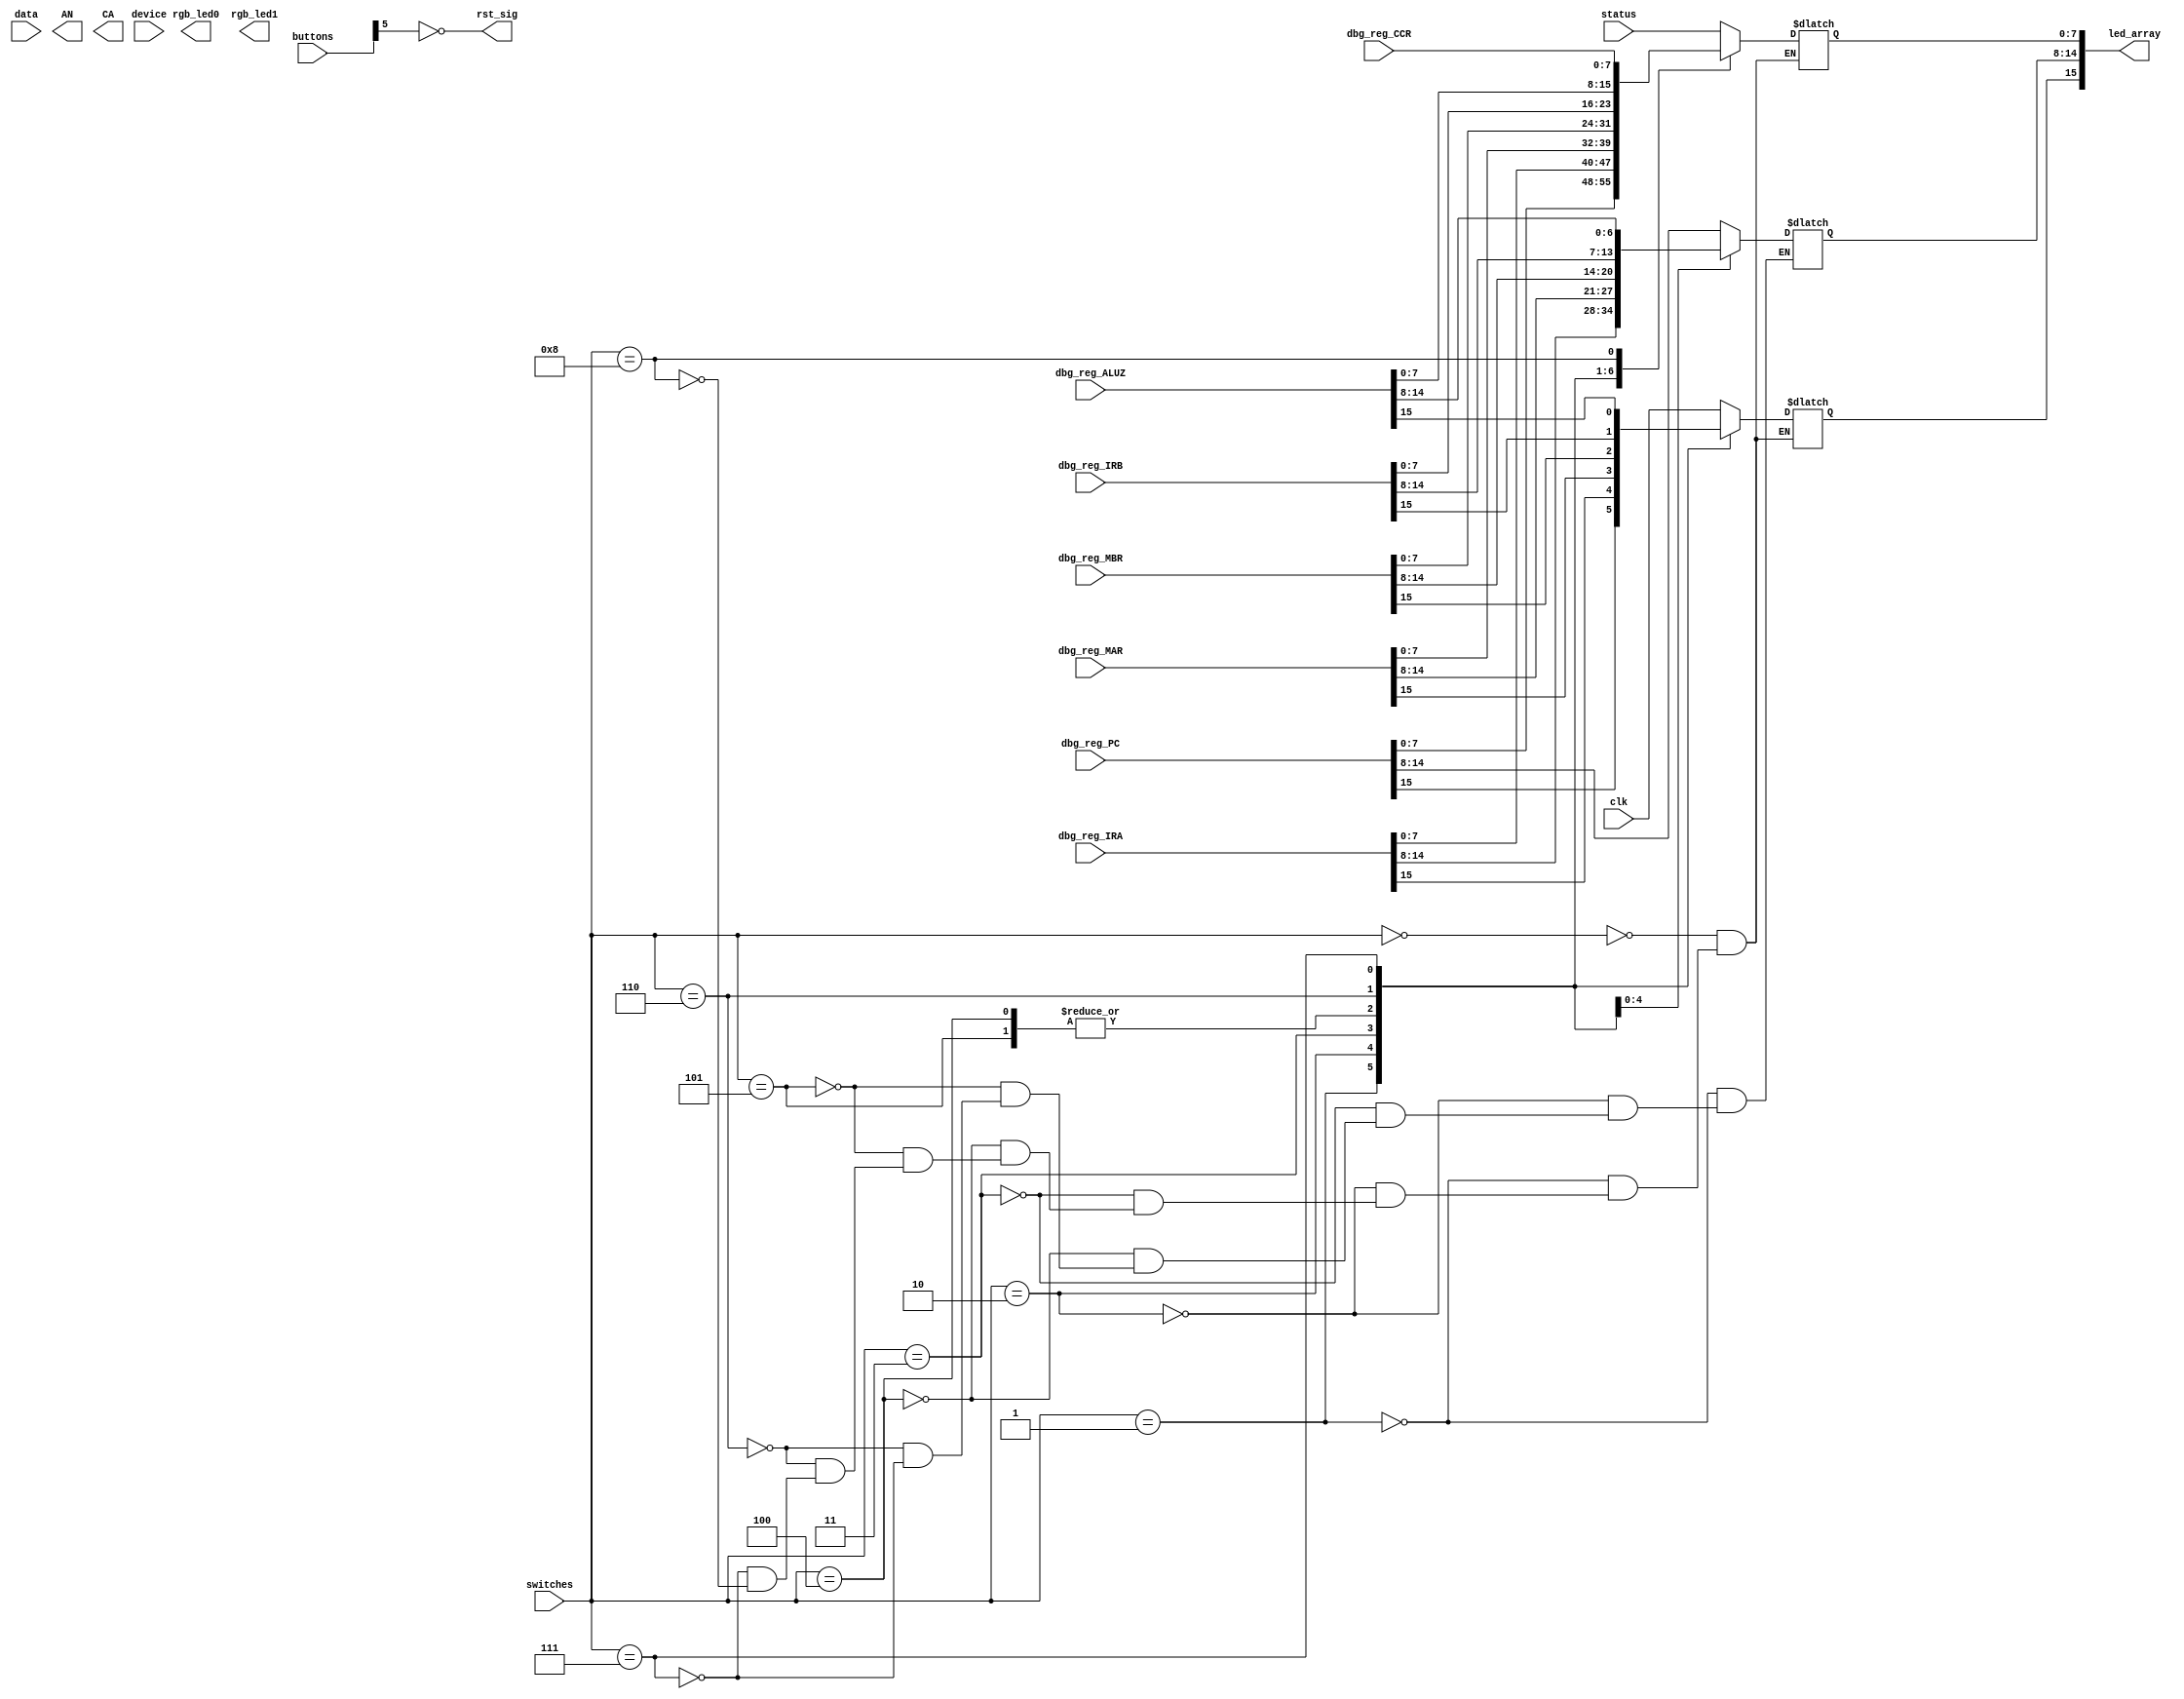
module bsp_io(
    input clk,
    input [7:0] status,
    input [31:0] data,
    input [15:0] device,
    input [15:0] switches,
    input [5:0]  buttons,
    
    output [15:0] led_array,
    output [2:0] rgb_led0, rgb_led1,
    output [7:0] AN,
    output [7:0] CA,
    output rst_sig,
    input [31:0] dbg_reg_PC, dbg_reg_IRA, dbg_reg_MAR, dbg_reg_MBR, dbg_reg_IRB, dbg_reg_ALUZ, 
    input [7:0] dbg_reg_CCR
    );
    
    integer counter_AN;
    reg [3:0] data_AN [7:0];
    reg [15:0] led_array;
    reg rst_sig;
    
    
    always begin
    data_AN[0] = data[3:0];
    data_AN[1] = data[7:4];
    data_AN[2] = data[11:8];
    data_AN[3] = data[15:12];
    data_AN[4] = data[19:16];
    data_AN[5] = data[23:20];
    data_AN[6] = data[27:24];
    data_AN[7] = data[31:28];
    rst_sig = ~buttons[5];
    
    
    case(switches)
        0:  begin
                led_array[7:0] = status;
                led_array[15] = clk;
            end
            
        1:  begin
                led_array[15:0] = dbg_reg_PC[15:0];
            end
            
        2:  begin
                led_array[15:0] = dbg_reg_IRA[15:0];
            end
            
        3:  begin
                led_array[15:0] = dbg_reg_MAR[15:0];
            end
            
        4:  begin
                led_array[15:0] = dbg_reg_MBR[15:0];
            end
            
        5:  begin
                led_array[15:0] = dbg_reg_MBR[15:0];
            end
            
        6:  begin
                led_array[15:0] = dbg_reg_IRB[15:0];
            end
            
        7:  begin
                led_array[15:0] = dbg_reg_ALUZ[15:0];
            end
        8:  begin
                led_array[15] = clk;
                led_array[7:0] = dbg_reg_CCR[7:0];
            end
            
    
    
    endcase
    
    
    
    end
    
    always @ (posedge clk) begin
    case(counter_AN)
    0:  begin
    
        end
    1:  begin
    
        end
    2:  begin
    
        end
    3:  begin
    
        end
    4:  begin
    
        end
    5:  begin
    
        end
    6:  begin
    
        end
    7:  begin
    
        end
    
    endcase
    
    end
    
    
    
    
    
    
    
    
    
    
    
    
    
endmodule